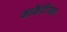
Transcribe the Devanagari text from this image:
मार्केटिंगचा